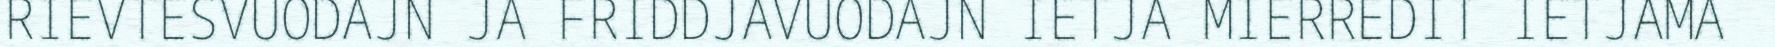
RIEVTESVUODAJN JA FRIDDJAVUODAJN IETJA MIERREDIT IETJAMA